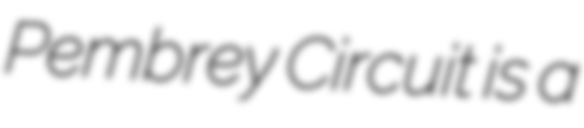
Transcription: Pembrey Circuit is a